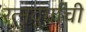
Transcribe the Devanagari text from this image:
रत्‍नदुर्गाची